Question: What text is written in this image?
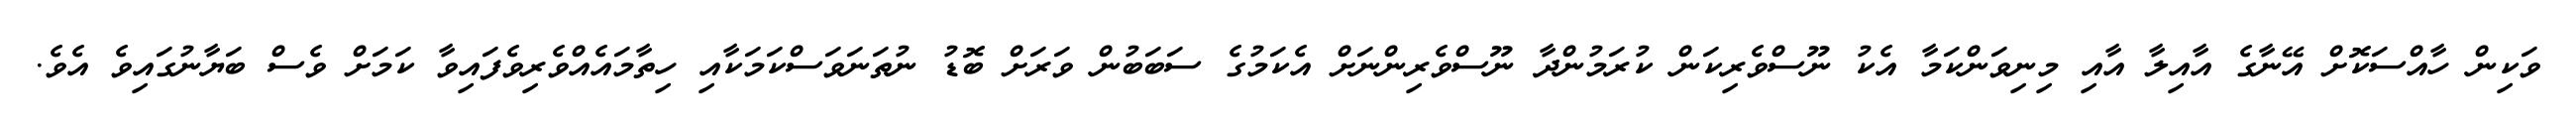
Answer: ވަކިން ހާއްސަކޮށް އޭނާގެ އާއިލާ އާއި މިނިވަންކަމާ އެކު ނޫސްވެރިކަން ކުރަމުންދާ ނޫސްވެރިންނަށް އެކަމުގެ ސަބަބުން ވަރަށް ބޮޑު ނުތަނަވަސްކަމަކާއި ހިތާމައެއްވެރިވެފައިވާ ކަމަށް ވެސް ބަޔާނުގައިވެ އެވެ.